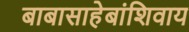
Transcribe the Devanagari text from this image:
बाबासाहेबांशिवाय